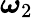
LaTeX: {\boldsymbol{\omega}}_{2}